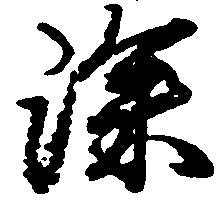
深